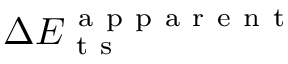
\Delta E _ { \mathrm { ~ t ~ s ~ } } ^ { \mathrm { ~ a ~ p ~ p ~ a ~ r ~ e ~ n ~ t ~ } }